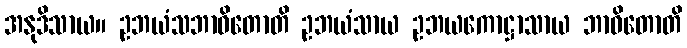
အနုဒိသာယ။ ဥဘယံသဘာဝိတောတိ ဥဘယံသာယ ဥဘယကောဋ္ဌာသာယ ဘာဝိတောတိ